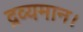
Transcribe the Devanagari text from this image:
द्रव्यमान।